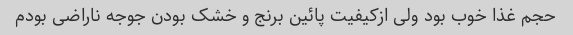
حجم غذا خوب بود ولی ازکیفیت پائین برنج و خشک بودن جوجه ناراضی بودم